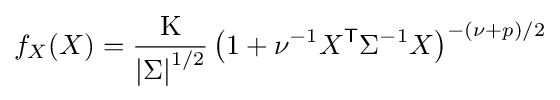
f_{X}(X)={\frac {\mathrm {K} }{\left|\Sigma \right|^{1/2}}}\left(1+\nu ^{-1}X^{\mathsf {T}}\Sigma ^{-1}X\right)^{-\left(\nu +p\right)/2}